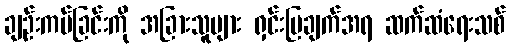
ချဉ်းကပ်ခြင်းကို အခြားသူများ ရှင်းပြချက်အရ ဆက်ဆံရေးသစ်